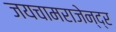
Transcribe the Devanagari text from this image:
जयचामराजेन्द्र